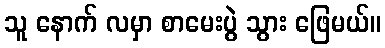
သူ နောက် လမှာ စာမေးပွဲ သွား ဖြေမယ်။